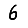
Digit: 6